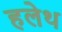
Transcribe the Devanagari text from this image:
हलेथ